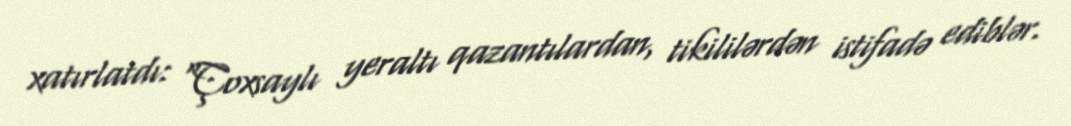
xatırlatdı: “Çoxsaylı yeraltı qazantılardan, tikililərdən istifadə ediblər.